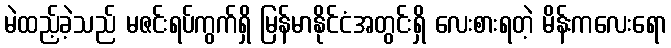
မဲထည့်ခဲ့သည် မဇင်းရပ်ကွက်ရှိ မြန်မာနိုင်ငံအတွင်းရှိ လေးစားရတဲ့ မိန်းကလေးရော